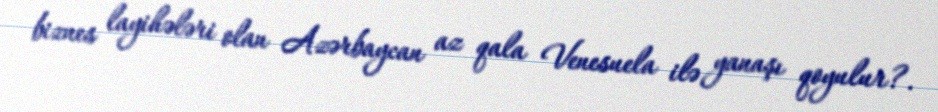
biznes layihələri olan Azərbaycan az qala Venesuela ilə yanaşı qoyulur?.